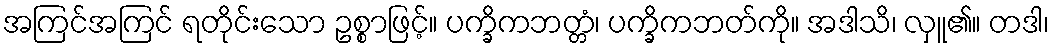
အကြင်အကြင် ရတိုင်းသော ဥစ္စာဖြင့်။ ပက္ခိကဘတ္တံ၊ ပက္ခိကဘတ်ကို။ အဒါသိ၊ လှူ၏။ တဒါ၊